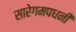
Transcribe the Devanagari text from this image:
सारेगमपधनी